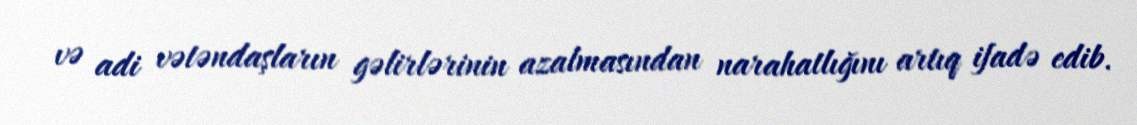
və adi vətəndaşların gəlirlərinin azalmasından narahatlığını artıq ifadə edib.